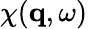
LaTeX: \chi(\mathbf{q},\omega)